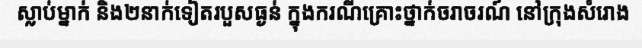
ស្លាប់ម្នាក់ និង២នាក់ទៀតរបួសធ្ងន់ ក្នុងករណីគ្រោះថ្នាក់ចរាចរណ៍ នៅក្រុងសំរោង